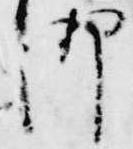
御